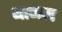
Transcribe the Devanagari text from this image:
थानम